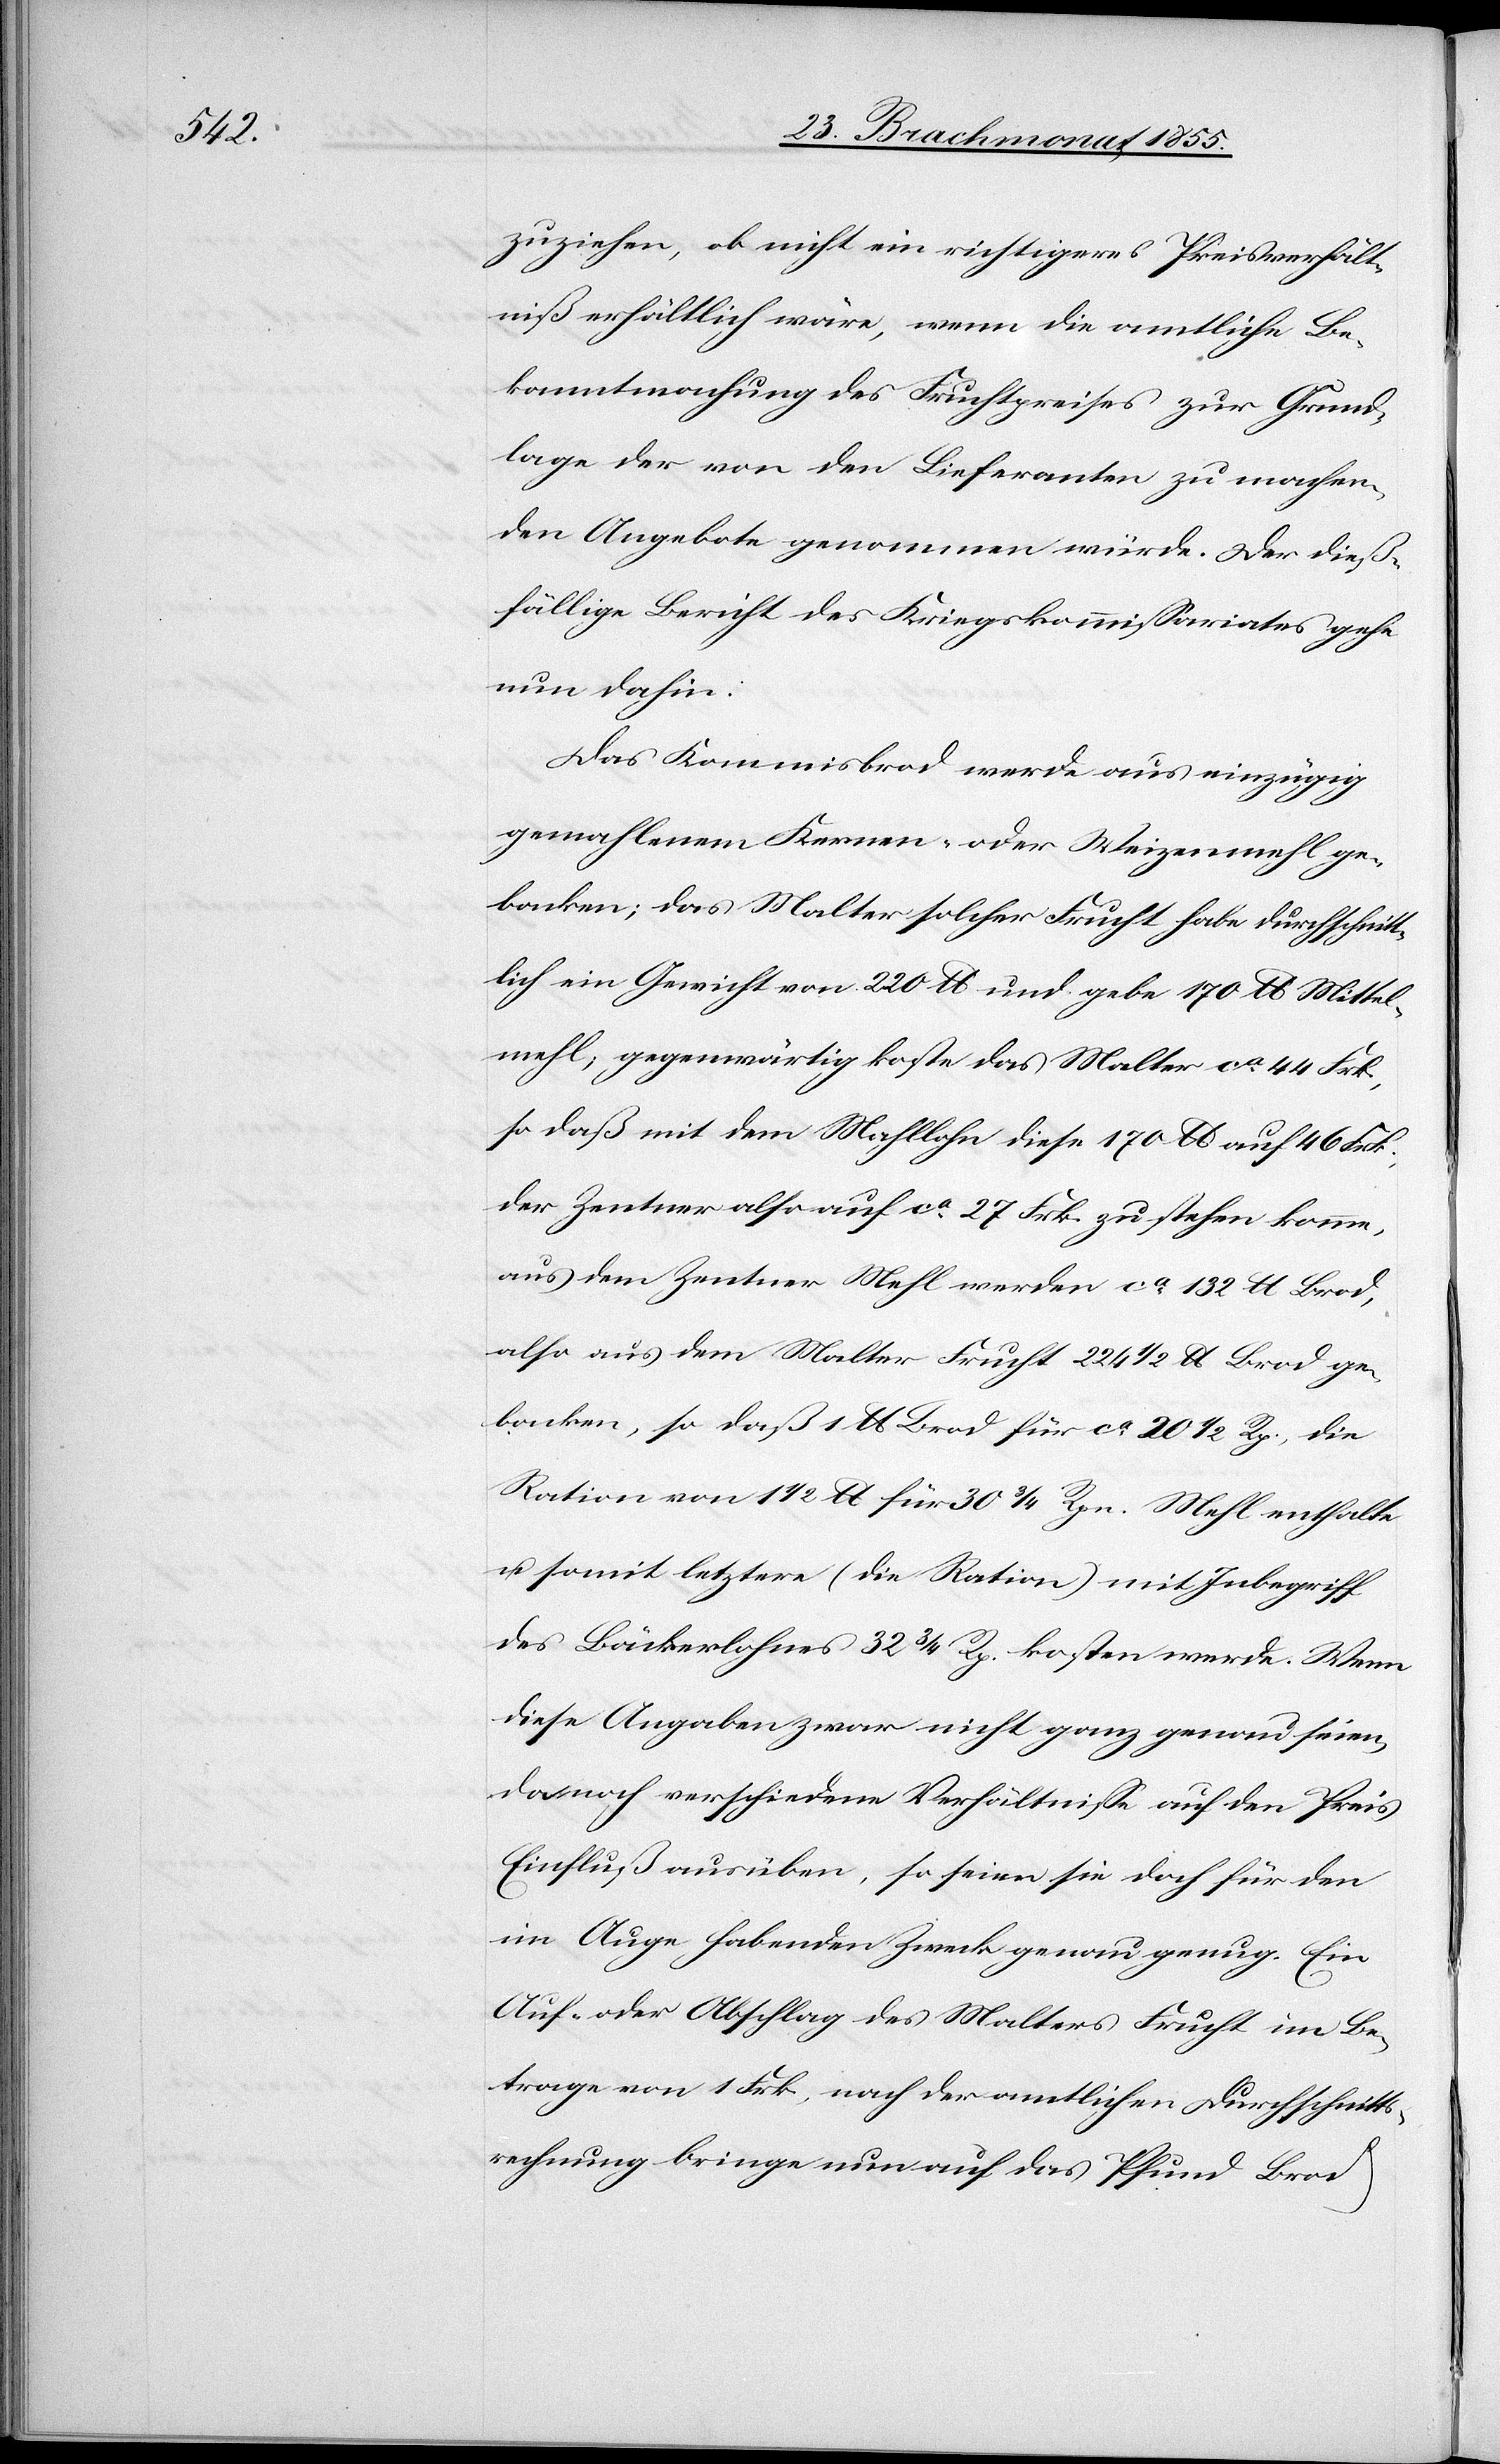
zuziehen, ob nicht ein richtigeres Preisverhält¬
niß erhältlich wäre, wenn die amtliche Be¬
kanntmachung des Fruchtpreises zur Grund¬
lage der von den Lieferanten zu machen¬
den Angebote genommen würde. Der dieß¬
fällige Bericht des Kriegskommissariates gehe
nun dahin:
Das Kommisbrod werde aus einzügig
gemahlenem Kernen- oder Weizenmehl ge¬
backen; das Malter solcher Frucht habe durchschnitt¬
lich ein Gewicht von 220 lb. und gebe 170 lb. Mittel¬
mehl; gegenwärtig koste das Malter ca. 44 Frk.,
so daß mit dem Mahllohn diese 170 lb. auf 46 Frk.,
der Zentner also auf ca. 27 Frk. zu stehen komme,
aus dem Zentner Mehl werden ca. 132 lb. Brod,
also aus dem Malter Frucht 224 1/2 lb. Brod ge¬
backen, so daß 1 lb. Brod für ca. 20 1/2 Rp., die
Ration von 1 1/2 lb. für 30 3/4 Rpn. Mehl enthalte
u. somit letztere (die Ration) mit Inbegriff
des Bäckerlohnes 32 3/4 Rp. kosten werde. Wenn
diese Angaben zwar nicht ganz genau seien,
da noch verschiedene Verhältnisse auf den Preis
Einfluß ausüben, so seien sie doch für den
im Auge habenden Zweck genau genug. Ein
Auf- oder Abschlag des Malters Frucht im Be¬
trage von 1 Frk., nach der amtlichen Durchschnitts¬
rechnung bringe nun auf das Pfund Brod